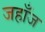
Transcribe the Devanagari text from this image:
जहाँज